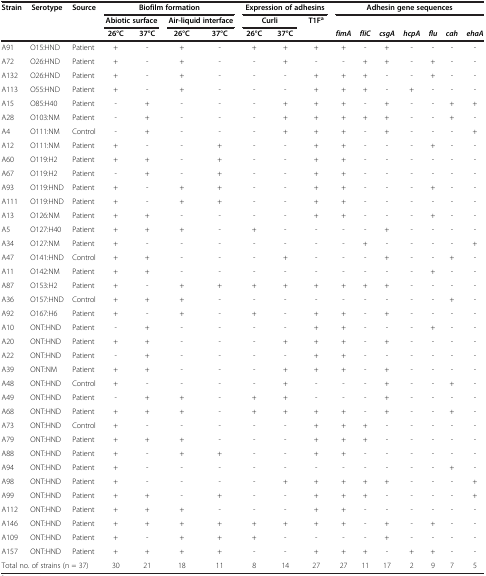
<table><thead><tr><td><b>Strain</b></td><td><b>Serotype</b></td><td><b>Source</b></td><td colspan="4"><b>Biofilm formation</b></td><td colspan="3"><b>Expression of adhesins</b></td><td colspan="7"><b>Adhesin gene sequences</b></td></tr><tr><td><b> </b></td><td><b> </b></td><td><b> </b></td><td colspan="2"><b>Abiotic surface</b></td><td colspan="2"><b>Air-liquid interface</b></td><td colspan="2"><b>Curli</b></td><td><b>T1F<sup>a</sup></b></td><td><b> </b></td><td><b> </b></td><td><b> </b></td><td><b> </b></td><td><b> </b></td><td><b> </b></td><td><b> </b></td></tr><tr><td><b> </b></td><td><b> </b></td><td><b> </b></td><td><b>26°C</b></td><td><b>37°C</b></td><td><b>26°C</b></td><td><b>37°C</b></td><td><b>26°C</b></td><td><b>37°C</b></td><td><b> </b></td><td><b><i>fimA</i></b></td><td><b><i>fliC</i></b></td><td><b><i>csgA</i></b></td><td><b><i>hcpA</i></b></td><td><b><i>flu</i></b></td><td><b><i>cah</i></b></td><td><b><i>ehaA</i></b></td></tr></thead><tbody><tr><td>A91</td><td>O15:HND</td><td>Patient</td><td>+</td><td>-</td><td>+</td><td>-</td><td>+</td><td>+</td><td>+</td><td>+</td><td>-</td><td>+</td><td>-</td><td>-</td><td>-</td><td>-</td></tr><tr><td>A72</td><td>O26:HND</td><td>Patient</td><td>+</td><td>-</td><td>+</td><td>-</td><td>-</td><td>+</td><td>-</td><td>-</td><td>+</td><td>+</td><td>-</td><td>+</td><td>-</td><td>-</td></tr><tr><td>A132</td><td>O26:HND</td><td>Patient</td><td>+</td><td>-</td><td>+</td><td>-</td><td>-</td><td>-</td><td>+</td><td>+</td><td>+</td><td>-</td><td>-</td><td>+</td><td>-</td><td>-</td></tr><tr><td>A113</td><td>O55:HND</td><td>Patient</td><td>+</td><td>-</td><td>+</td><td>-</td><td>-</td><td>-</td><td>+</td><td>+</td><td>+</td><td>-</td><td>+</td><td>-</td><td>-</td><td>-</td></tr><tr><td>A15</td><td>O85:H40</td><td>Patient</td><td>-</td><td>+</td><td>-</td><td>-</td><td>-</td><td>+</td><td>+</td><td>+</td><td>-</td><td>+</td><td>-</td><td>-</td><td>+</td><td>+</td></tr><tr><td>A28</td><td>O103:NM</td><td>Patient</td><td>-</td><td>+</td><td>-</td><td>-</td><td>-</td><td>+</td><td>+</td><td>+</td><td>+</td><td>+</td><td>-</td><td>-</td><td>+</td><td>-</td></tr><tr><td>A4</td><td>O111:NM</td><td>Control</td><td>-</td><td>+</td><td>-</td><td>-</td><td>-</td><td>+</td><td>+</td><td>+</td><td>-</td><td>+</td><td>-</td><td>-</td><td>-</td><td>+</td></tr><tr><td>A12</td><td>O111:NM</td><td>Patient</td><td>+</td><td>-</td><td>-</td><td>+</td><td>-</td><td>-</td><td>+</td><td>+</td><td>-</td><td>-</td><td>-</td><td>+</td><td>-</td><td>-</td></tr><tr><td>A60</td><td>O119:H2</td><td>Patient</td><td>+</td><td>+</td><td>-</td><td>+</td><td>-</td><td>-</td><td>+</td><td>+</td><td>-</td><td>-</td><td>-</td><td>-</td><td>-</td><td>-</td></tr><tr><td>A67</td><td>O119:H2</td><td>Patient</td><td>-</td><td>+</td><td>-</td><td>+</td><td>-</td><td>-</td><td>+</td><td>+</td><td>-</td><td>-</td><td>-</td><td>-</td><td>-</td><td>-</td></tr><tr><td>A93</td><td>O119:HND</td><td>Patient</td><td>+</td><td>-</td><td>+</td><td>+</td><td>-</td><td>-</td><td>+</td><td>+</td><td>-</td><td>-</td><td>-</td><td>+</td><td>-</td><td>-</td></tr><tr><td>A111</td><td>O119:HND</td><td>Patient</td><td>+</td><td>-</td><td>+</td><td>+</td><td>-</td><td>-</td><td>+</td><td>+</td><td>-</td><td>-</td><td>-</td><td>-</td><td>-</td><td>-</td></tr><tr><td>A13</td><td>O126:NM</td><td>Patient</td><td>+</td><td>+</td><td>-</td><td>-</td><td>-</td><td>-</td><td>+</td><td>+</td><td>-</td><td>-</td><td>-</td><td>+</td><td>-</td><td>-</td></tr><tr><td>A5</td><td>O127:H40</td><td>Patient</td><td>+</td><td>+</td><td>+</td><td>-</td><td>+</td><td>-</td><td>-</td><td>-</td><td>-</td><td>+</td><td>-</td><td>-</td><td>-</td><td>-</td></tr><tr><td>A34</td><td>O127:NM</td><td>Patient</td><td>+</td><td>-</td><td>-</td><td>-</td><td>-</td><td>-</td><td>-</td><td>-</td><td>+</td><td>-</td><td>-</td><td>-</td><td>-</td><td>+</td></tr><tr><td>A47</td><td>O141:HND</td><td>Control</td><td>+</td><td>+</td><td>-</td><td>-</td><td>-</td><td>+</td><td>-</td><td>-</td><td>-</td><td>+</td><td>-</td><td>-</td><td>+</td><td>-</td></tr><tr><td>A11</td><td>O142:NM</td><td>Patient</td><td>+</td><td>+</td><td>-</td><td>-</td><td>-</td><td>-</td><td>-</td><td>-</td><td>-</td><td>-</td><td>-</td><td>+</td><td>-</td><td>-</td></tr><tr><td>A87</td><td>O153:H2</td><td>Patient</td><td>+</td><td>-</td><td>+</td><td>+</td><td>+</td><td>+</td><td>+</td><td>+</td><td>+</td><td>+</td><td>-</td><td>-</td><td>-</td><td>-</td></tr><tr><td>A36</td><td>O157:HND</td><td>Control</td><td>+</td><td>+</td><td>+</td><td>-</td><td>-</td><td>-</td><td>-</td><td>-</td><td>-</td><td>-</td><td>-</td><td>-</td><td>+</td><td>-</td></tr><tr><td>A92</td><td>O167:H6</td><td>Patient</td><td>+</td><td>-</td><td>+</td><td>-</td><td>+</td><td>-</td><td>+</td><td>+</td><td>-</td><td>+</td><td>-</td><td>-</td><td>-</td><td>-</td></tr><tr><td>A10</td><td>ONT:HND</td><td>Patient</td><td>-</td><td>+</td><td>-</td><td>-</td><td>-</td><td>-</td><td>+</td><td>+</td><td>-</td><td>-</td><td>-</td><td>+</td><td>-</td><td>-</td></tr><tr><td>A20</td><td>ONT:HND</td><td>Patient</td><td>+</td><td>+</td><td>-</td><td>-</td><td>-</td><td>+</td><td>+</td><td>+</td><td>-</td><td>+</td><td>-</td><td>-</td><td>-</td><td>-</td></tr><tr><td>A22</td><td>ONT:HND</td><td>Patient</td><td>-</td><td>+</td><td>-</td><td>-</td><td>-</td><td>-</td><td>+</td><td>+</td><td>-</td><td>-</td><td>-</td><td>-</td><td>-</td><td>-</td></tr><tr><td>A39</td><td>ONT:NM</td><td>Patient</td><td>+</td><td>+</td><td>-</td><td>-</td><td>-</td><td>+</td><td>+</td><td>+</td><td>-</td><td>+</td><td>-</td><td>-</td><td>-</td><td>-</td></tr><tr><td>A48</td><td>ONT:HND</td><td>Control</td><td>+</td><td>-</td><td>-</td><td>-</td><td>-</td><td>+</td><td>-</td><td>-</td><td>-</td><td>+</td><td>-</td><td>-</td><td>+</td><td>-</td></tr><tr><td>A49</td><td>ONT:HND</td><td>Patient</td><td>-</td><td>+</td><td>+</td><td>-</td><td>+</td><td>+</td><td>-</td><td>-</td><td>-</td><td>+</td><td>-</td><td>-</td><td>-</td><td>-</td></tr><tr><td>A68</td><td>ONT:HND</td><td>Patient</td><td>+</td><td>+</td><td>+</td><td>-</td><td>+</td><td>+</td><td>+</td><td>+</td><td>-</td><td>+</td><td>-</td><td>-</td><td>+</td><td>-</td></tr><tr><td>A73</td><td>ONT:HND</td><td>Control</td><td>+</td><td>-</td><td>-</td><td>-</td><td>-</td><td>-</td><td>+</td><td>+</td><td>+</td><td>-</td><td>-</td><td>-</td><td>-</td><td>-</td></tr><tr><td>A79</td><td>ONT:HND</td><td>Patient</td><td>+</td><td>+</td><td>+</td><td>-</td><td>-</td><td>-</td><td>+</td><td>+</td><td>+</td><td>-</td><td>-</td><td>-</td><td>-</td><td>-</td></tr><tr><td>A88</td><td>ONT:HND</td><td>Patient</td><td>+</td><td>-</td><td>+</td><td>+</td><td>-</td><td>-</td><td>+</td><td>+</td><td>-</td><td>-</td><td>-</td><td>-</td><td>-</td><td>-</td></tr><tr><td>A94</td><td>ONT:HND</td><td>Patient</td><td>+</td><td>-</td><td>-</td><td>-</td><td>-</td><td>-</td><td>-</td><td>-</td><td>-</td><td>-</td><td>-</td><td>-</td><td>+</td><td>-</td></tr><tr><td>A98</td><td>ONT:HND</td><td>Patient</td><td>+</td><td>-</td><td>-</td><td>-</td><td>-</td><td>+</td><td>+</td><td>+</td><td>+</td><td>+</td><td>-</td><td>-</td><td>-</td><td>+</td></tr><tr><td>A99</td><td>ONT:HND</td><td>Patient</td><td>+</td><td>+</td><td>-</td><td>+</td><td>-</td><td>-</td><td>+</td><td>+</td><td>+</td><td>-</td><td>-</td><td>-</td><td>-</td><td>+</td></tr><tr><td>A112</td><td>ONT:HND</td><td>Patient</td><td>+</td><td>+</td><td>+</td><td>-</td><td>-</td><td>-</td><td>+</td><td>+</td><td>-</td><td>-</td><td>-</td><td>-</td><td>-</td><td>-</td></tr><tr><td>A146</td><td>ONT:HND</td><td>Patient</td><td>+</td><td>+</td><td>+</td><td>+</td><td>+</td><td>+</td><td>+</td><td>+</td><td>-</td><td>+</td><td>-</td><td>+</td><td>-</td><td>-</td></tr><tr><td>A109</td><td>ONT:HND</td><td>Patient</td><td>+</td><td>-</td><td>+</td><td>+</td><td>+</td><td>-</td><td>-</td><td>-</td><td>-</td><td>+</td><td>-</td><td>-</td><td>-</td><td>-</td></tr><tr><td>A157</td><td>ONT:HND</td><td>Patient</td><td>+</td><td>+</td><td>+</td><td>+</td><td>-</td><td>-</td><td>+</td><td>+</td><td>+</td><td>-</td><td>+</td><td>+</td><td>-</td><td>-</td></tr><tr><td colspan="3">Total no. of strains (n = 37)</td><td>30</td><td>21</td><td>18</td><td>11</td><td>8</td><td>14</td><td>27</td><td>27</td><td>11</td><td>17</td><td>2</td><td>9</td><td>7</td><td>5</td></tr></tbody></table>